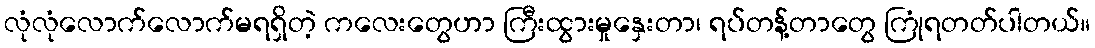
လုံလုံလောက်လောက်မရရှိတဲ့ ကလေးတွေဟာ ကြီးထွားမှုနှေးတာ၊ ရပ်တန့်တာတွေ ကြုံရတတ်ပါတယ်။